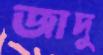
জাদু